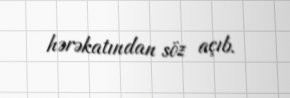
hərəkatından söz açıb.